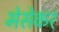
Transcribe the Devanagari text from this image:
मेसेकर